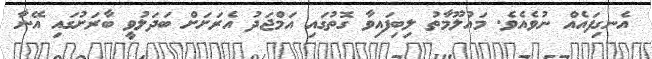
އެނގިފައެއް ނުވެއެވެ. މައުލޫމާތު ލިބިފައިވާ ގޮތުގައި އަމްޖަދު އެރަށަށް ބަދަލުވީ ބާރަށުގައި އޭނާ